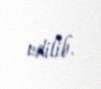
edilib.